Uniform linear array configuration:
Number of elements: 16
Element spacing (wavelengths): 0.5
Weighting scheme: kaiser
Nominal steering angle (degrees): -15
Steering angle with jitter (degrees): -15.151
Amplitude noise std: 0.05
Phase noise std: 0.05

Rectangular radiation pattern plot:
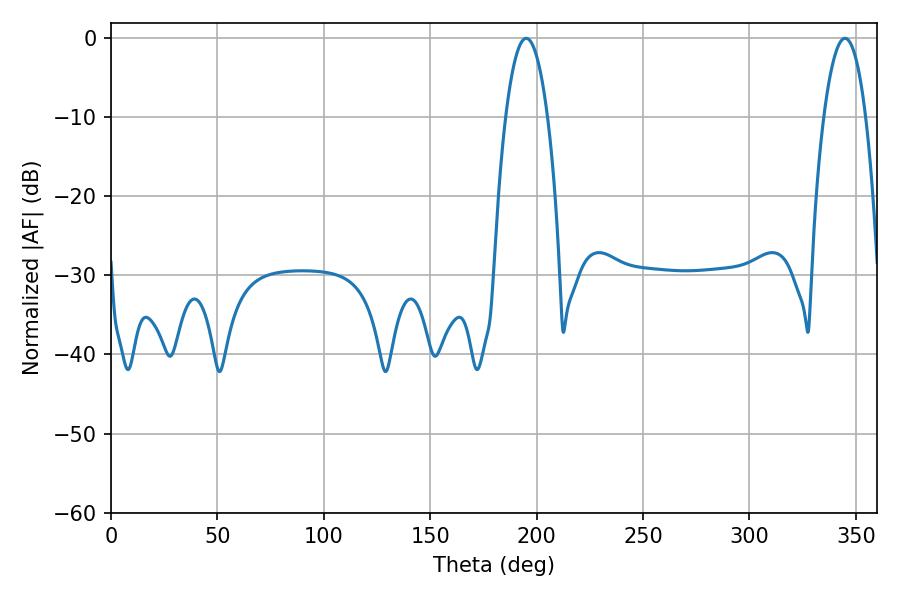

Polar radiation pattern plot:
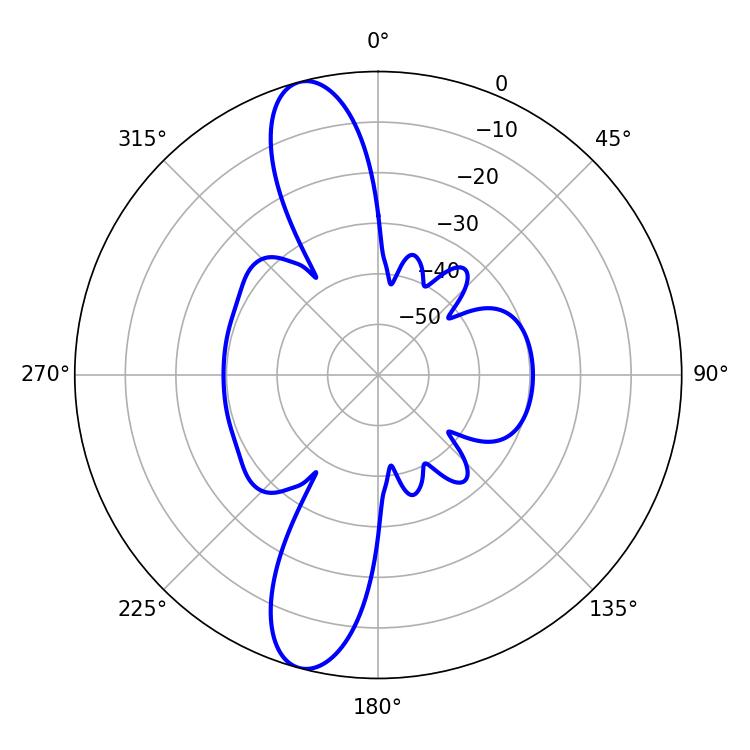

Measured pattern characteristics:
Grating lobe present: FALSE
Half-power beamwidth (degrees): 10.98
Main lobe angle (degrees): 195.12